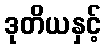
ဒုတိယနှင့်